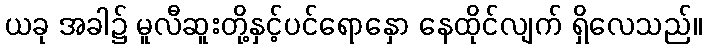
ယခု အခါ၌ မူလီဆူးတို့နှင့်ပင်ရောနှော နေထိုင်လျက် ရှိလေသည်။